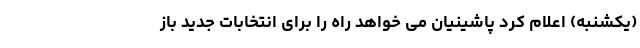
(یکشنبه) اعلام کرد پاشینیان می خواهد راه را برای انتخابات جدید باز